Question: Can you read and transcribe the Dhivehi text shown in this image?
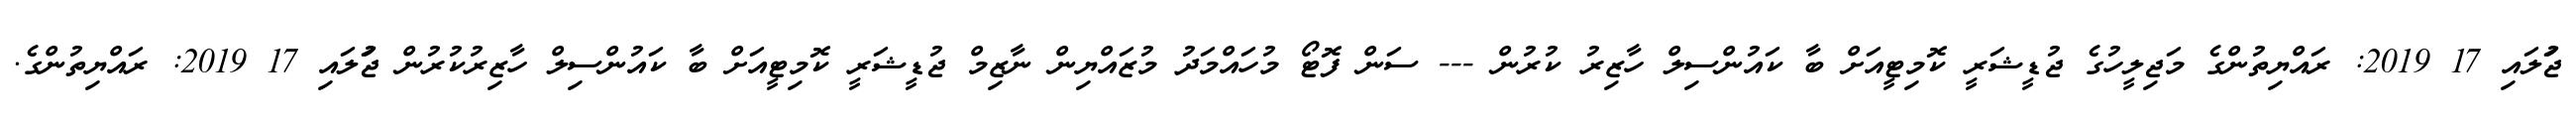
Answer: ޖުަލައި 17 2019: ރައްޔިތުންގެ މަޖިލީހުގެ ޖުޑީޝަރީ ކޮމިޓީއަށް ބާ ކައުންސިލް ހާޒިރު ކުރުން --- ސަން ފޮޓޯ މުހައްމަދު މުޒައްޔިން ނާޒިމް ޖުޑީޝަރީ ކޮމިޓީއަށް ބާ ކައުންސިލް ހާޒިރުކުރުން ޖުަލައި 17 2019: ރައްޔިތުންގެ.